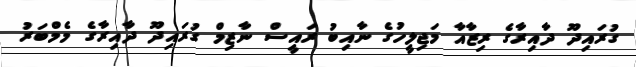
ގުރައިދޫ ދާއިރާގެ ރިޒާއާ މަޖިލީހުގެ ނާއިބު ރައީސް ނާޒިމް ގުރައިދޫ ދާއިރާގެ މެމްބަރު